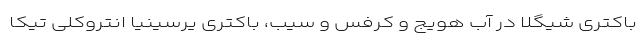
باکتری شیگلا در آب هویج و کرفس و سیب، باکتری یرسینیا انتروکلی تیکا